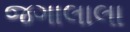
જગાલાલા